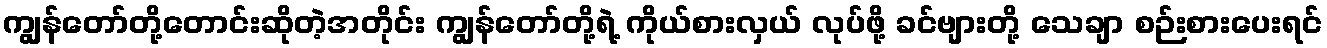
ကျွန်တော်တို့တောင်းဆိုတဲ့အတိုင်း ကျွန်တော်တို့ရဲ့ ကိုယ်စားလှယ် လုပ်ဖို့ ခင်ဗျားတို့ သေချာ စဉ်းစားပေးရင်